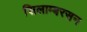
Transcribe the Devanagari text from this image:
सिलाम्बरसन